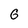
Character: G